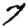
Digit: 7